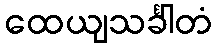
ထေယျသင်္ခါတံ